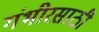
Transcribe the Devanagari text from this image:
गंभीरसाठी